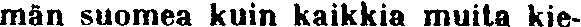
män suomea kuin kaikkia muita kie-